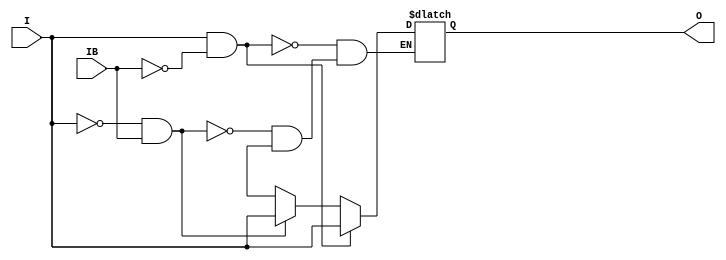
// $Header: /devl/xcs/repo/env/Databases/CAEInterfaces/verunilibs/data/unisims/IBUFDS_LVDSEXT_33.v,v 1.7 2008/05/15 21:26:52 fphillip Exp $
///////////////////////////////////////////////////////////////////////////////
// Copyright (c) 1995/2004 Xilinx, Inc.
// All Right Reserved.
///////////////////////////////////////////////////////////////////////////////
//   ____  ____
//  /   /\/   /
// /___/  \  /    Vendor : Xilinx
// \   \   \/     Version : 10.1
//  \   \         Description : Xilinx Functional Simulation Library Component
//  /   /                  Differential Signaling Input Buffer with LVDSEXT_33 I/O Standard
// /___/   /\     Filename : IBUFDS_LVDSEXT_33.v
// \   \  /  \    Timestamp : Thu Mar 25 16:42:24 PST 2004
//  \___\/\___\
//
// Revision:
//    03/23/04 - Initial version.
//    05/23/07 - Changed timescale to 1 ps / 1 ps.
//    05/13/08 - CR 458290 -- Added else condition to handle x case.
// End Revision

`timescale  1 ps / 1 ps


module IBUFDS_LVDSEXT_33 (O, I, IB);

    output O;

    input  I, IB;

    reg o_out;

    buf b_0 (O, o_out);

    always @(I or IB) begin
	if (I == 1'b1 && IB == 1'b0)
	    o_out <= I;
	else if (I == 1'b0 && IB == 1'b1)
	    o_out <= I;
        else if (I == 1'bx || IB == 1'bx)
            o_out <= 1'bx;
    end


endmodule